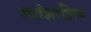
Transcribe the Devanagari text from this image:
स्पाँशरशिप